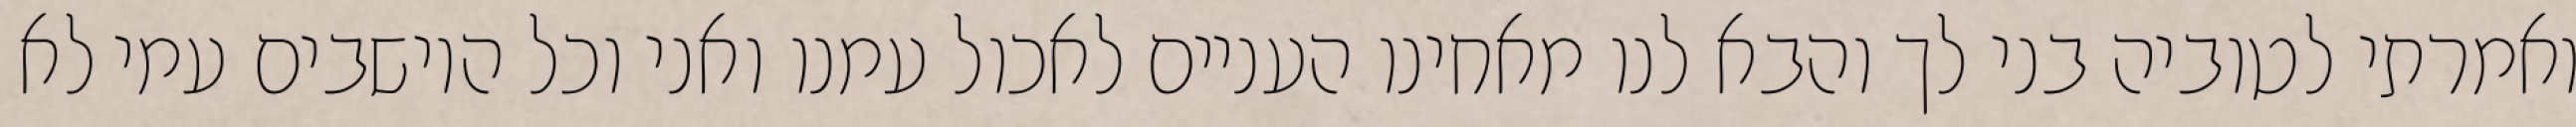
ואמרתי לטוביה בני לך והבא לנו מאחינו העניים לאכול עמנו ואני וכל היושבים עמי לא